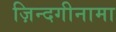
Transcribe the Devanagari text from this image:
ज़िन्दगीनामा